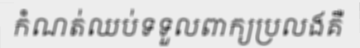
កំណត់ឈប់ទទួលពាក្យប្រលងគឺ